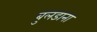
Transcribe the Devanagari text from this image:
बुलडाना